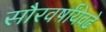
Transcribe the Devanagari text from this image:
सौरवर्षांयेवढे